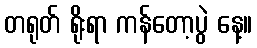
တရုတ် ရိုးရာ ကန်တော့ပွဲ နေ့။